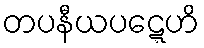
တပနီယပဋ္ဋေဟိ